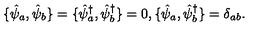
\{ \hat { \psi } _ { a } , \hat { \psi } _ { b } \} = \{ \hat { \psi } _ { a } ^ { \dagger } , \hat { \psi } _ { b } ^ { \dagger } \} = 0 , \{ \hat { \psi } _ { a } , \hat { \psi } _ { b } ^ { \dagger } \} = \delta _ { a b } .